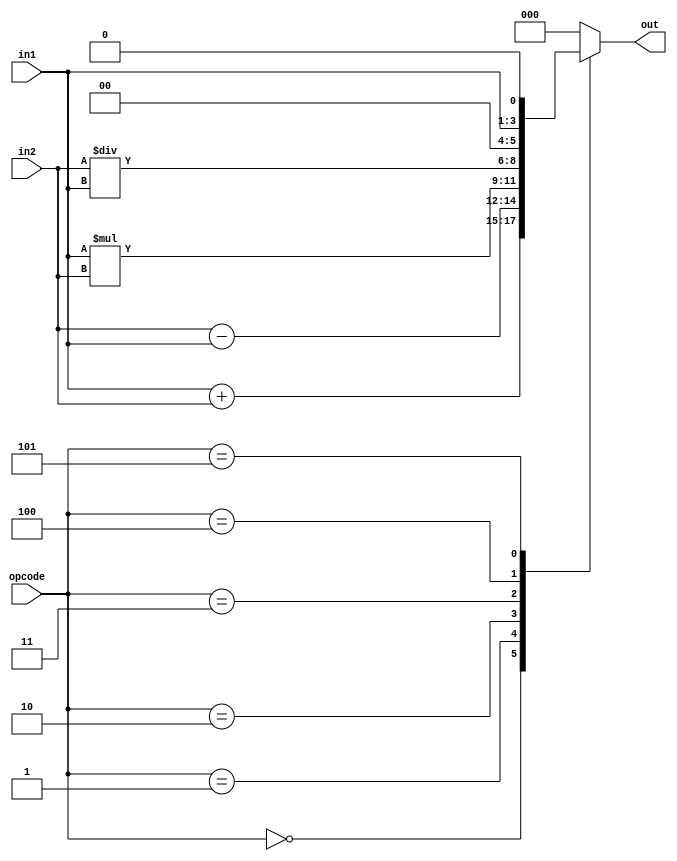
module ALUtema(input[2:0] in1, input[2:0] in2, input[2:0] opcode, output reg[2:0] out);

always@(opcode or in1 or in2) begin
	case(opcode) 
		0: begin out <= in1 + in2; end
		1: begin out <= in2 - in1; end
		2: begin out <= in1 * in2; end
		3: begin out <= in2 / in1; end
		4: begin out <= in1>>2; end
		5: begin out <= in1<<1; end
		default: begin out <= 0; end
	endcase
end
	
endmodule